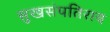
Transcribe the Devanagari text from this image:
सुखसंपतिराय